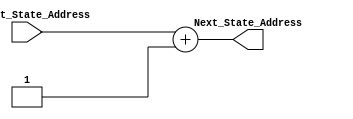
/* Written by Misael Valentin Feliciano
Date last edited: 4/21/2018
Description: This is a source for the Next State Address Multiplexer. It increments the current state address
and stores the result in a register.
*/
module Address_Incrementer (
							output reg [8:0] Next_State_Address,
							input [8:0] Current_State_Address
							);
	always @ (Current_State_Address)
		begin
		Next_State_Address = Current_State_Address + 1;
		end
endmodule